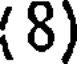
(8)